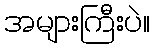
အများကြီးပဲ။